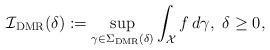
LaTeX: \begin{align*}\mathcal{I}_{\mathrm{DMR}}(\delta) := \sup_{\gamma \in \Sigma_{ \mathrm{DMR} }(\delta)} \int_{ \mathcal{X}} f \, d \gamma, \mbox{ } \delta\ge 0,\end{align*}